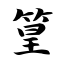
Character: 篁